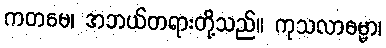
ကတမေ၊ အဘယ်တရားတို့သည်။ ကုသလာဓမ္မာ၊